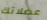
عضلاتك